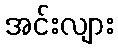
အင်းလျား